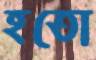
হতো